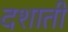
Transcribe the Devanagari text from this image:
दशाती